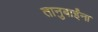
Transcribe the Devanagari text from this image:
तानुबाईंना